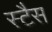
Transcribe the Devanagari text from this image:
स्टैस